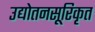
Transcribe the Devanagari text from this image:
उद्योतनसूरिकृत